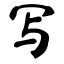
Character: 写